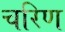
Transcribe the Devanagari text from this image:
चरिण